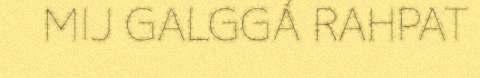
MIJ GALGGÁ RAHPAT